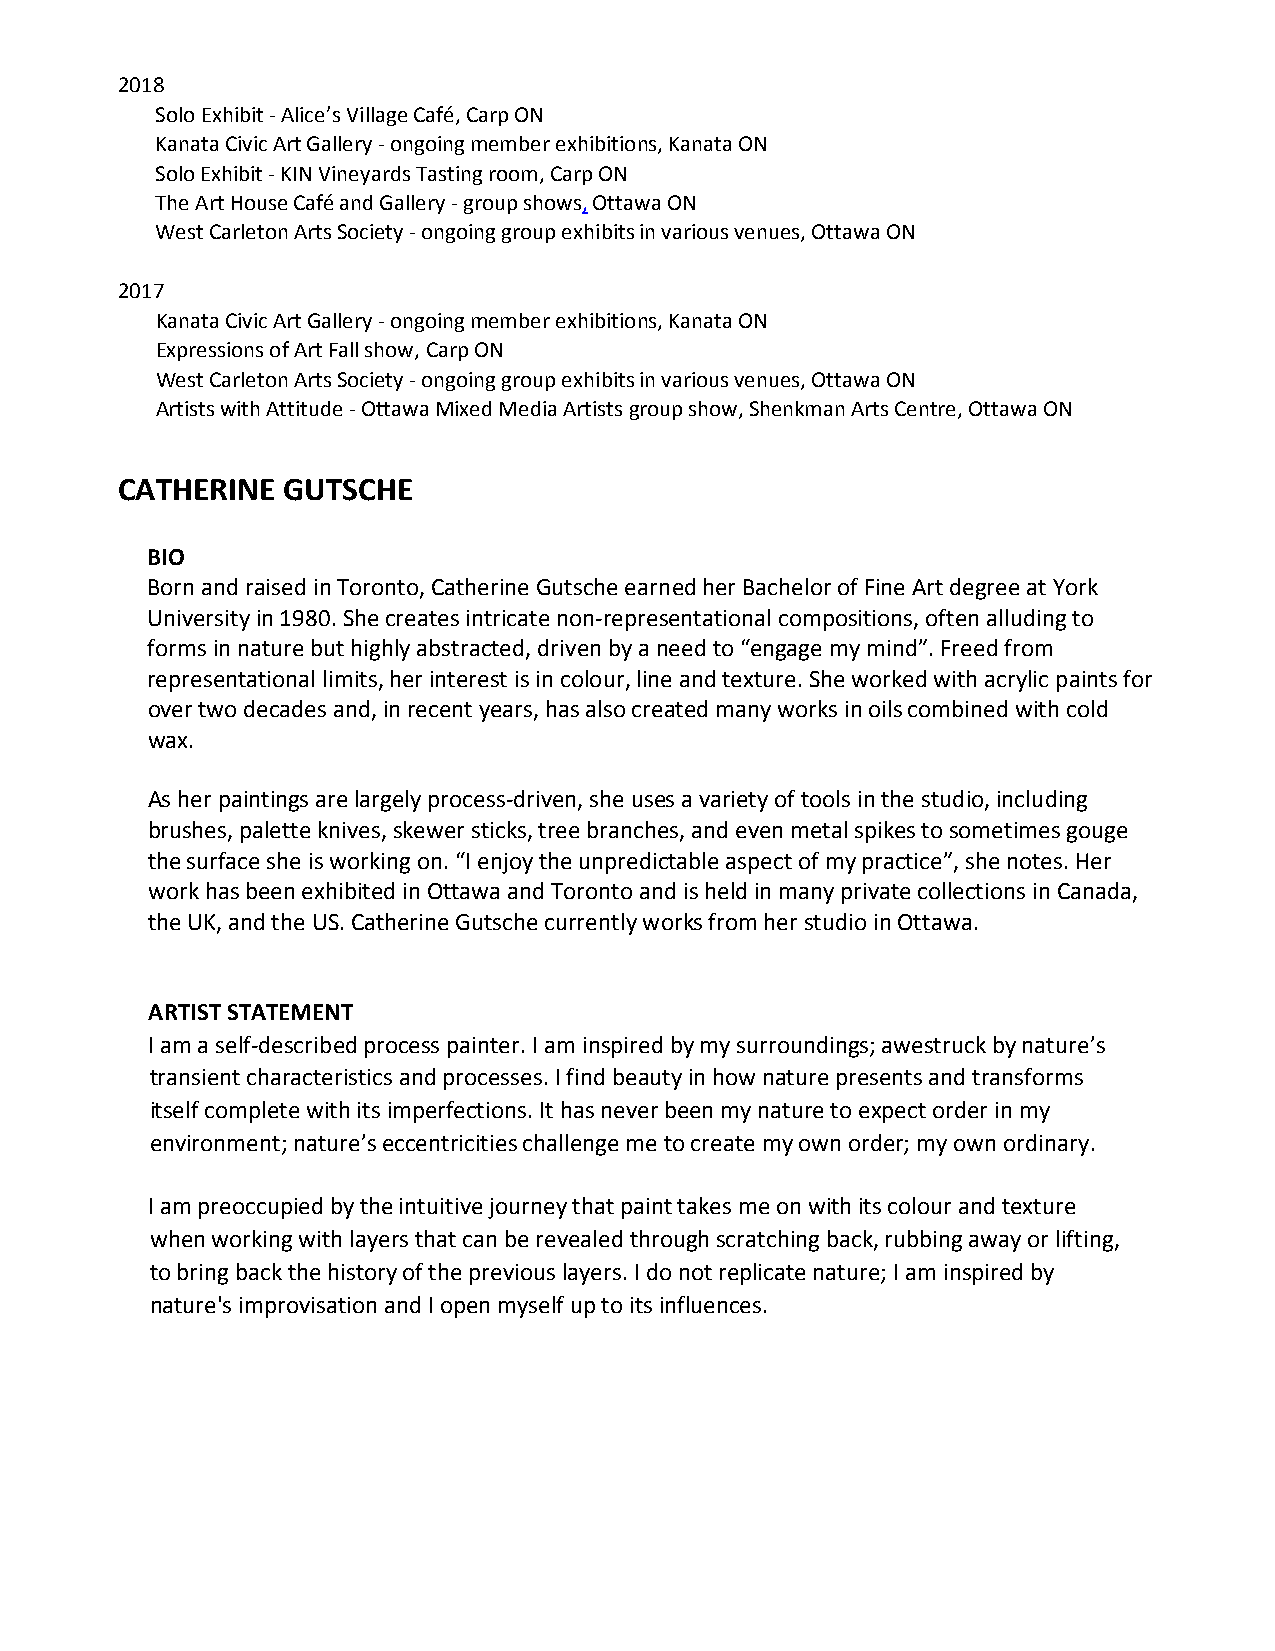
2018
 Solo Exhibit - Alice’s Village Café, Carp ON
 Kanata Civic Art Gallery - ongoing member exhibitions, Kanata ON
 Solo Exhibit - KIN Vineyards Tasting room, Carp ON
 The Art House Café and Gallery - group shows, Ottawa ON
 West Carleton Arts Society - ongoing group exhibits in various venues, Ottawa ON
 2017
 Kanata Civic Art Gallery - ongoing member exhibitions, Kanata ON
 Expressions of Art Fall show, Carp ON
 West Carleton Arts Society - ongoing group exhibits in various venues, Ottawa ON
 Artists with Attitude - Ottawa Mixed Media Artists group show, Shenkman Arts Centre, Ottawa ON
 CATHERINE  GUTSCHE
 BIO
 Born and raised in Toronto, Catherine Gutsche earned her Bachelor of Fine Art degree at York
 University in 1980. She creates intricate non-representational compositions, often alluding to
 forms in nature but highly abstracted, driven by a need to “engage my mind”. Freed from
 representational limits, her interest is in colour, line and texture. She worked with acrylic paints for
 over two decades and, in recent years, has also created many works in oils combined with cold
 wax.
 As her paintings are largely process-driven, she uses a variety of tools in the studio, including
 brushes, palette knives, skewer sticks, tree branches, and even metal spikes to sometimes gouge
 the surface she is working on. “I enjoy the unpredictable aspect of my practice”, she notes. Her
 work has been exhibited in Ottawa and Toronto and is held in many private collections in Canada,
 the UK, and the US. Catherine Gutsche currently works from her studio in Ottawa.
 ARTIST STATEMENT
 I am a self-described process painter. I am inspired by my surroundings; awestruck by nature’s
 transient characteristics and processes. I find beauty in how nature presents and transforms
 itself complete with its imperfections. It has never been my nature to expect order in my
 environment; nature’s eccentricities challenge me to create my own order; my own ordinary.
 I am preoccupied by the intuitive journey that paint takes me on with its colour and texture
 when working with layers that can be revealed through scratching back, rubbing away or lifting,
 to bring back the history of the previous layers. I do not replicate nature; I am inspired by
 nature's improvisation and I open myself up to its influences.